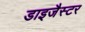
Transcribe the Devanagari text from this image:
डाइजैस्टर